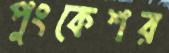
পুংকেশর